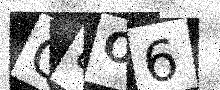
Text: Q8O6